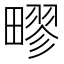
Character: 疁